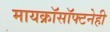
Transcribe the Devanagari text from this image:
मायक्रॉसॉफ्टनेही